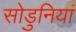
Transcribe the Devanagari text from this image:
सोडुनियां